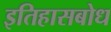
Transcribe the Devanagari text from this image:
इतिहासबोध